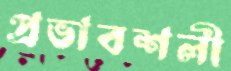
প্রভাবশলী